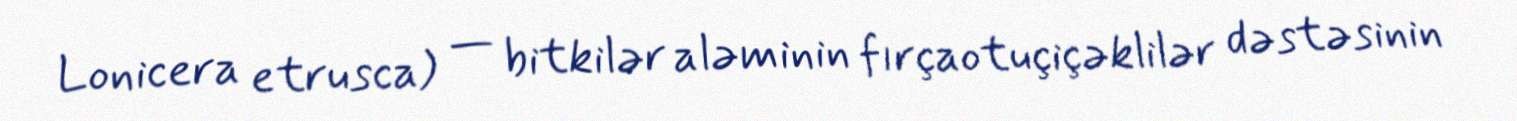
Lonicera etrusca) — bitkilər aləminin fırçaotuçiçəklilər dəstəsinin